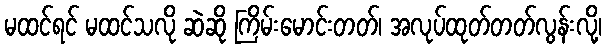
မထင်ရင် မထင်သလို ဆဲဆို ကြိမ်းမောင်းတတ်၊ အလုပ်ထုတ်တတ်လွန်းလို့၊